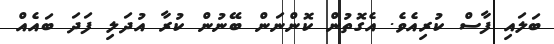
ބަލައި ފާސް ކުރިއެވެ. އެގޮތުން ކޮންނަން ބޭނުން ކުރާ އުދަލި ފަދަ ބައެއް